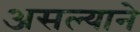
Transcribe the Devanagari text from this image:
असल्याने